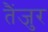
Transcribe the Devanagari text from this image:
तैंजुर